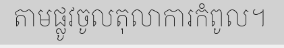
តាមផ្លូវចូលតុលាការកំពូល។